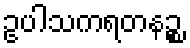
ဥပါသကရတနဉ္စ